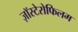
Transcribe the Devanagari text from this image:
ज़ॉस्टेरोफिलम